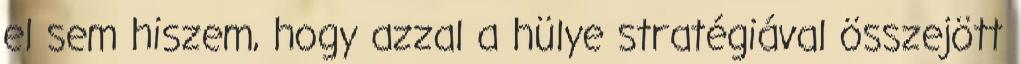
el sem hiszem, hogy azzal a hülye stratégiával összejött